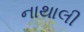
નાથાલી